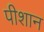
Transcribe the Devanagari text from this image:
पीशान